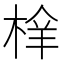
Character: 㮆